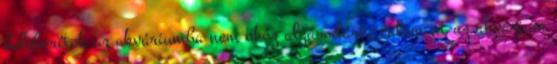
beleborítok az akváriumba nem okoz algásodást, valamint az akvárium